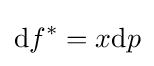
\mathrm {d} f^{*}=x\mathrm {d} p